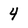
Character: 4